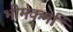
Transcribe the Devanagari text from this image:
भीमकर्मा